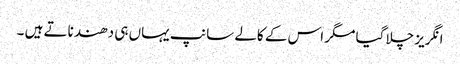
انگریز چلا گیا مگر اس کے کالے سانپ یہاں ہی دھندناتے ہیں ۔